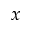
x